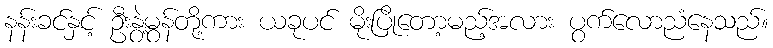
နန်းခင်နှင့် ဦးနွဲ့မွန်တို့ကား ယခုပင် မိုးပြိုတော့မည့်အလား ပွက်လောညံနေသည်။